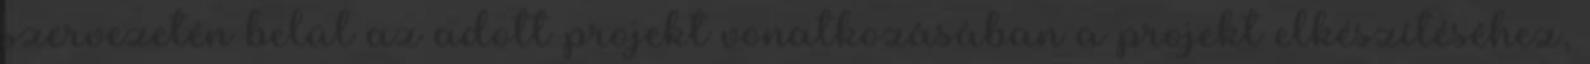
szervezetén belül az adott projekt vonatkozásában a projekt elkészítéséhez,